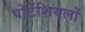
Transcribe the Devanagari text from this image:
पोटेंशियलों